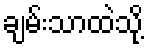
ချမ်းသာထဲသို့